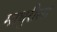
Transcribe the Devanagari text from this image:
माधुरीला